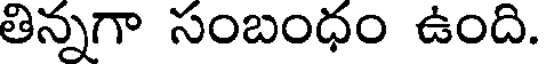
తిన్నగా సంబంధం ఉంది.